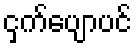
ငှက်ပျောပင်